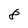
Character: 8